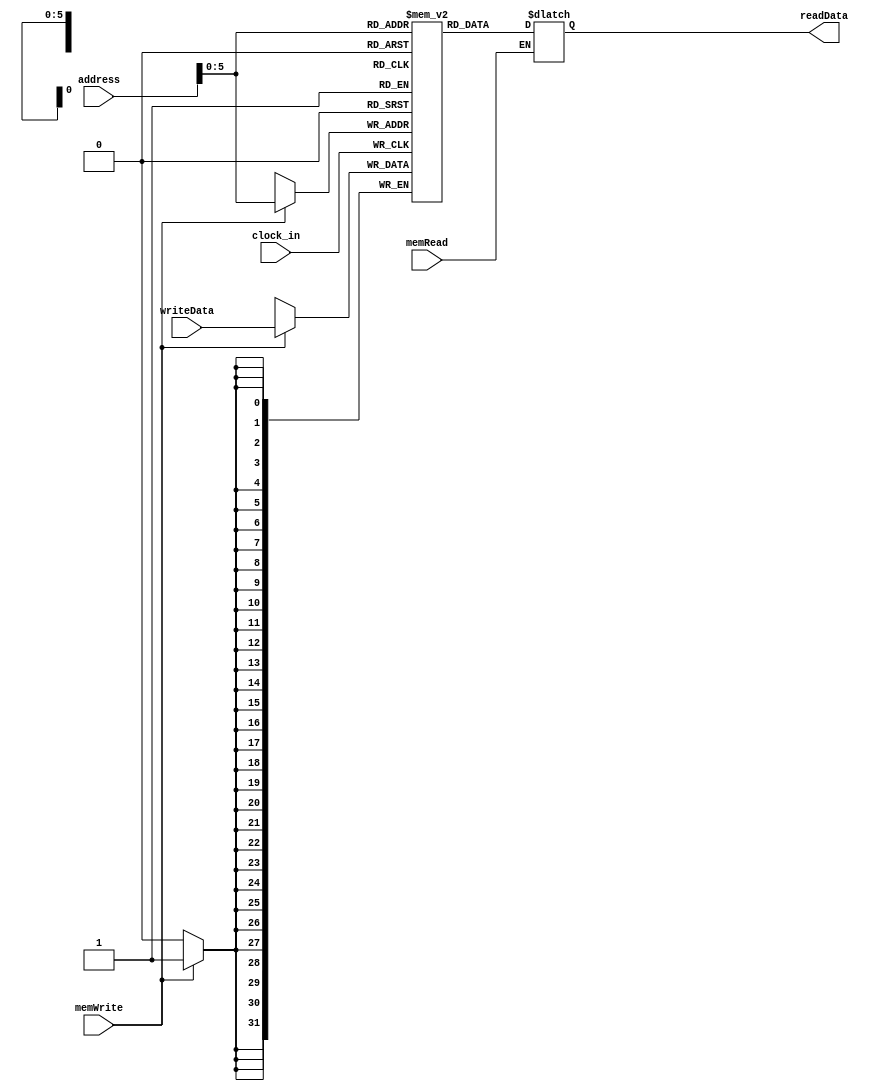
`timescale 1ns / 1ps
//////////////////////////////////////////////////////////////////////////////////
// Company: 
// Engineer: 
// 
// Design Name: 
// Module Name:    data_memory 
// Project Name: 
// Target Devices: 
// Tool versions: 
// Description: 
//
// Dependencies: 
//
// Revision: 
// Revision 0.01 - File Created
// Additional Comments: 
//
//////////////////////////////////////////////////////////////////////////////////
module dataMemory(clock_in, address, writeData, memWrite, memRead, readData);
	input clock_in;
	input[31:0] address;
	input[31:0] writeData;
	input memWrite;
	input memRead;
	output reg [31:0] readData;
	integer i;
    
	reg[31:0] memFile[0:63];
	initial begin
        for(i=0;i<10;i=i+1)
            memFile[i]=i;
        for(i=10;i<128;i=i+1)
            memFile[i]=0;
		  readData=0;
	 end
	 
	always @(address)
	begin
	  if(memRead==1)
	       readData = memFile[address];
	end
	
	always @(negedge clock_in)
	begin
		if (memWrite == 1)
			memFile[address] = writeData;
	end
endmodule